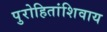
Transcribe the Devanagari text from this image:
पुरोहितांशिवाय